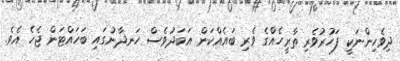
ދިވެހިންނަކީ ފަހުރުވެރި ތާރީހެއްގެ ވެރި ބައެއްކަން އަބަދުވެސް ހަނދާނުގައި ބަހައްޓަން ޖެހެ އެވެ.